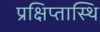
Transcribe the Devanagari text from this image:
प्रक्षिप्तास्थि